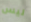
ليس